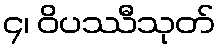
၄၊ ဝိပဿီသုတ်